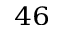
^ { 4 6 }